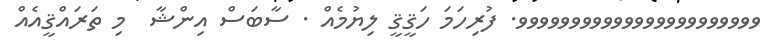
ވވވވވވވވވވވވވވވވވވވވވވވ. ފުރިހަމަ ހަޤީޤީ ލިޔުމެއް . ސާބަސް އިންޝާ  މި ތަރައްޤީއެއް